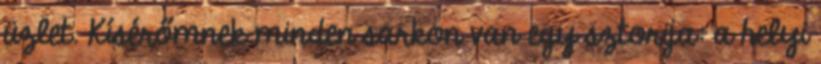
üzlet. Kísérőmnek minden sarkon van egy sztorija: a helyi